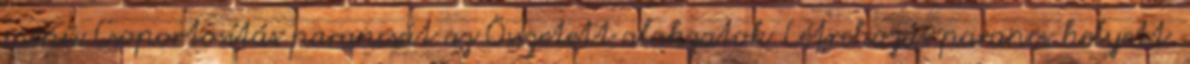
menü Csoportosítás parancsát az Összetett alakzatok Létrehozás parancs helyett.